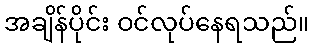
အချိန်ပိုင်း ဝင်လုပ်နေရသည်။